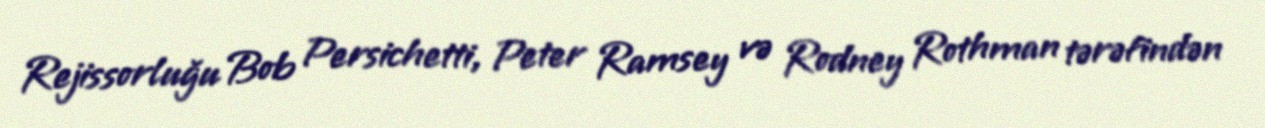
Rejissorluğu Bob Persichetti, Peter Ramsey və Rodney Rothman tərəfindən